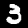
Label: 3